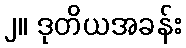
၂။ ဒုတိယအခန်း